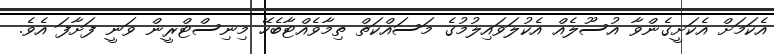
އެކަމަށް އެކަށީގެންވާ އުސޫލެއް އެކުލަވައިލުމުގެ މަސައްކަތް ތިމާވެއްޓާބެހޭ މިނިސްޓްރީން ވަނީ ފަށާފަ އެވެ.